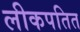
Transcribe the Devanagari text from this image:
लीकपतित